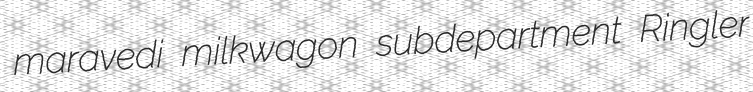
maravedi milkwagon subdepartment Ringler